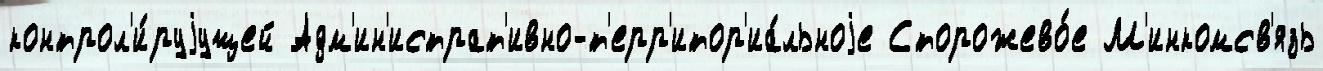
контрол'и́руjущей Адм'ин'истрат'ивно-т'ерр'итор'иа́льноjе Сторожево́е М'инкомсв'язь